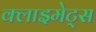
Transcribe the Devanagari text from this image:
क्लाइमेट्स